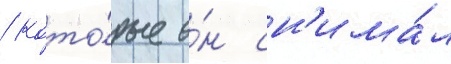
/ кото́рые о́н сн'има́л